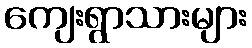
ကျေးရွာသားများ